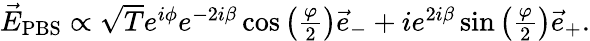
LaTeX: \begin{array}{r}{\vec{E}_{\mathrm{PBS}}\propto\sqrt{T}e^{i\phi}e^{-2i\beta}\cos\left(\frac{\varphi}{2}\right)\vec{e}_{-}+ie^{2i\beta}\sin\left(\frac{\varphi}{2}\right)\vec{e}_{+}.}\end{array}